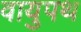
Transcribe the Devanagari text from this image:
वायुपथ